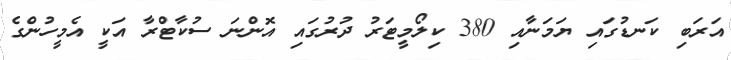
އަރަބި ކަނޑުގައި ޔަމަނާއި 380 ކިލޯމީޓަރު ދުރުގައި އޮންނަ ސުކާޓްރާ އަކީ އެމީހުންގެ